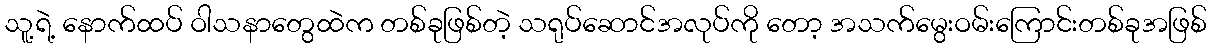
သူ့ရဲ့ နောက်ထပ် ဝါသနာတွေထဲက တစ်ခုဖြစ်တဲ့ သရုပ်ဆောင်အလုပ်ကို တော့ အသက်မွေးဝမ်းကြောင်းတစ်ခုအဖြစ်